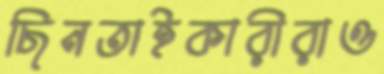
ছিনতাইকারীরাও